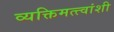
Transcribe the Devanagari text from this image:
व्यक्तिमत्त्वांशी